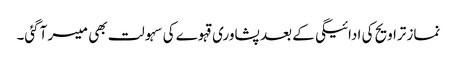
نماز تراویح کی ادائیگی کے بعد پشاوری قہوے کی سہولت بھی میسر آگئی۔